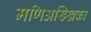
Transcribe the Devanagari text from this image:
मणिअख्खिका